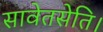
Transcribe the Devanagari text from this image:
सावेतसेति।